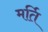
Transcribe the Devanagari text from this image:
मर्ति